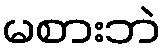
မစားဘဲ